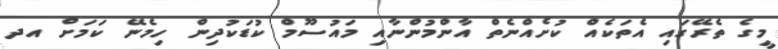
މީގެ ތެރޭގައި އެތަކެއް ކުށެއްނެތް އާންމުންނާއި މައުސޫމް ކުޑަކުދިން ހިމެނޭ ކަމަށް އދ